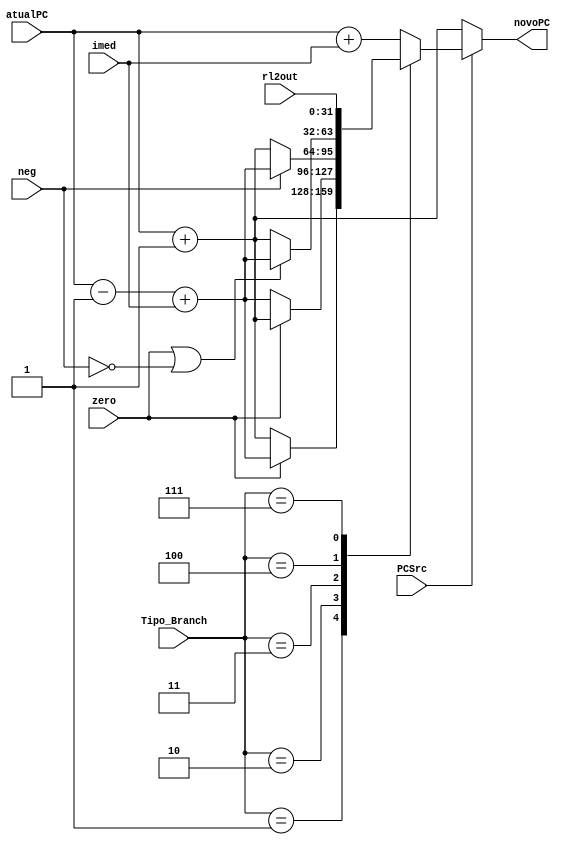
module mux_soma_desvio(PCSrc,Tipo_Branch, imed, rl2out, neg, zero, atualPC, novoPC);
input PCSrc, neg, zero;
input [2:0] Tipo_Branch;
input [31:0] atualPC, imed, rl2out;	
output reg [31:0] novoPC;

always @(*)begin
	if (PCSrc == 1)begin	
		case (Tipo_Branch)
			0: novoPC = atualPC + imed;
			1:	begin //beq
					if (zero == 1) novoPC = atualPC - 1 + imed;
					else	novoPC = atualPC + 1'd1;
				end
			2:	begin //bne
					if (zero == 0) novoPC = atualPC - 1 + imed;
					else	novoPC = atualPC + 1'd1;
				end
			3:	begin //blt
					if (neg == 1) novoPC = atualPC - 1 + imed;
					else	novoPC = atualPC + 1'd1;
				end
			4:	begin //bge
					if (zero == 1 || neg == 0) novoPC = atualPC - 1 + imed;
					else	novoPC = atualPC + 1'd1;
				end
			6: begin //jal
					novoPC = atualPC + imed; // relativo
				end
			7: begin //jr
					novoPC = rl2out; // absoluto
				end
			default: novoPC = atualPC + imed;
		endcase
	end
	else novoPC = atualPC + 1'd1;
end

endmodule